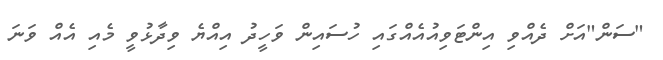
"ސަން"އަށް ދެއްވި އިންޓަވިއުއެއްގައި ހުސައިން ވަހީދު އިއްޔެ ވިދާޅުވީ މެއި އެއް ވަނަ